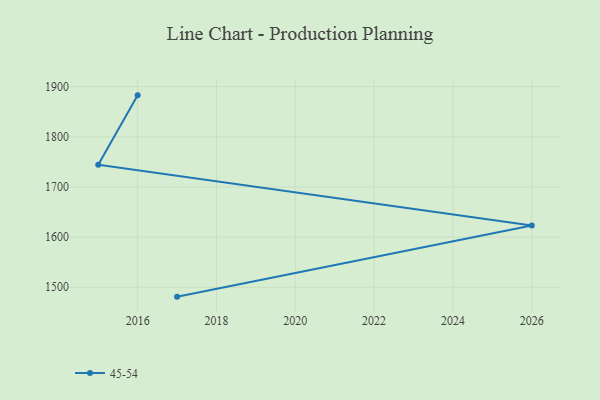
{"axis": {"x": "Year", "y": "Production Output"}, "legend": ["45-54"], "data": [{"x": "2016", "y": 1882.7, "type": "45-54"}, {"x": "2015", "y": 1744.5, "type": "45-54"}, {"x": "2026", "y": 1623.3, "type": "45-54"}, {"x": "2017", "y": 1481.3, "type": "45-54"}]}